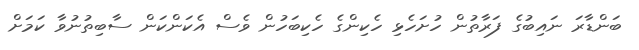
ބަންޑާރަ ނައިބުގެ ފަރާތުން ހުށަހެޅި ހެކިންގެ ހެކިބަހުން ވެސް އެކަންކަން ސާބިތުނުވާ ކަމަށް